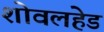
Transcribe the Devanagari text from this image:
शोवलहेड